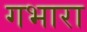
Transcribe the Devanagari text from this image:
गभारा